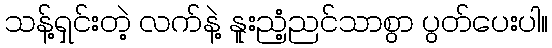
သန့်ရှင်းတဲ့ လက်နဲ့ နူးညံ့ညင်သာစွာ ပွတ်ပေးပါ။